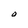
Character: O